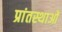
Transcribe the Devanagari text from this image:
प्रांतस्थाओं